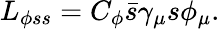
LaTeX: L_{\phi ss}=C_{\phi}\bar{s}\gamma_{\mu}s\phi_{\mu}.